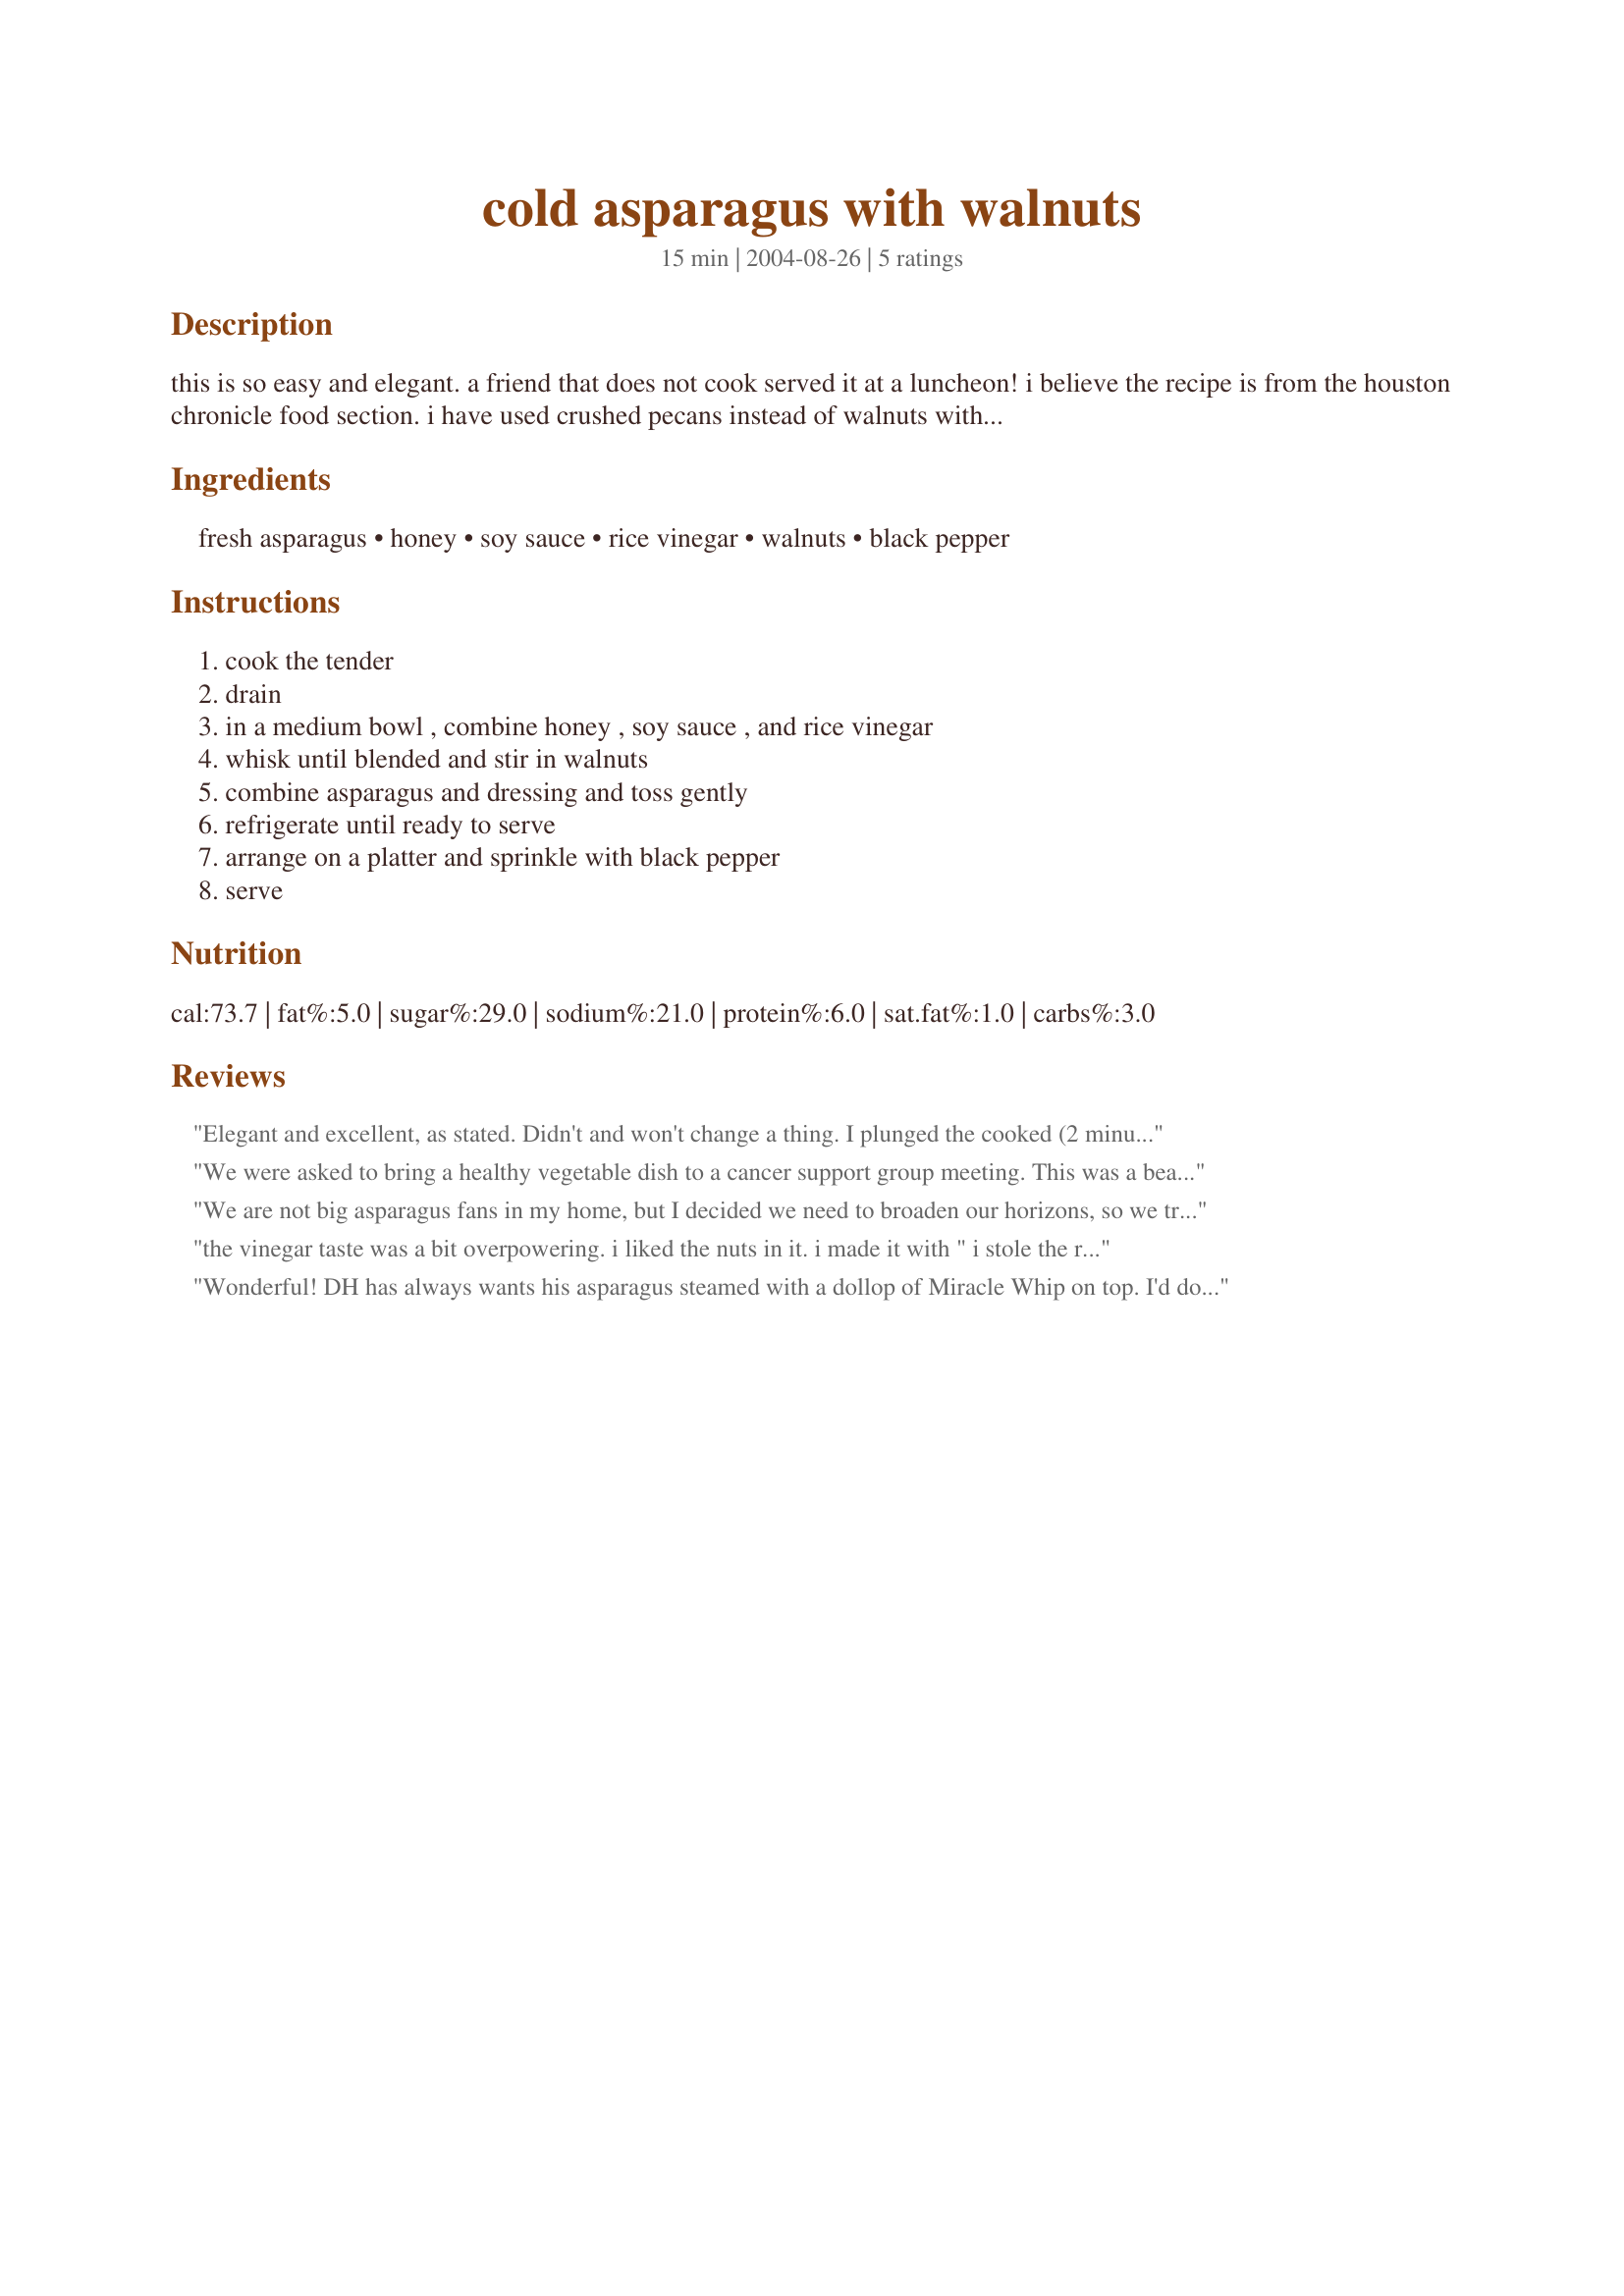
cold asparagus with walnuts
Preparation time: 15 minutes

this is so easy and elegant. a friend that does not cook served it at a luncheon! i believe the recipe is from the houston chronicle food section. i have used crushed pecans instead of walnuts with good results.

Ingredients:
fresh asparagus, honey, soy sauce, rice vinegar, walnuts, black pepper

Steps:
cook the tender, drain, in a medium bowl , combine honey , soy sauce , and rice vinegar, whisk until blended and stir in walnuts, combine asparagus and dressing and toss gently, refrigerate until ready to serve, arrange on a platter and sprinkle with black pepper, serve

Reviews:
Elegant and excellent, as stated. Didn't and won't change a thing. I plunged the cooked (2 minutes) asparagus into an ice water bath so that it would retain its bright green color. I wasn't sure what "crushed" walnuts were so I "crushed" some lightly with a mallet. It seemed fine done that way. Truly beautiful and delicious.
We were asked to bring a healthy vegetable dish to a cancer support group meeting. This was a beautiful dish to share and was delicious as well. It was hit with the group.
We are not big asparagus fans in my home, but I decided we need to broaden our horizons, so we tried this. I think if you like asparagus, you will like the recipe. The sauce was nice (I used pecans).
 the vinegar taste was a bit overpowering. i liked the nuts in it. i made it with " i stole the recipe from mirj" sesame noodles.
Wonderful! DH has always wants his asparagus steamed with a dollop of Miracle Whip on top. I'd done half a bunch that way just a few days earlier; and needing to use the rest as a side to chicken stroganoff on noodles i just couldn't deal with doing it that way again (aesthetically or nutritionally). The response to this "new" thing? "This is good. This is really good". So now we have a second way to treat asparagus.
